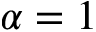
\alpha = 1